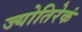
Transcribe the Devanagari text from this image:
ज्योतिरेकं